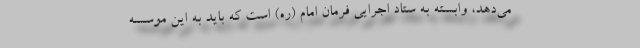
می‌دهد، وابسته به ستاد اجرایی فرمان امام (ره) است که باید به این موسسه